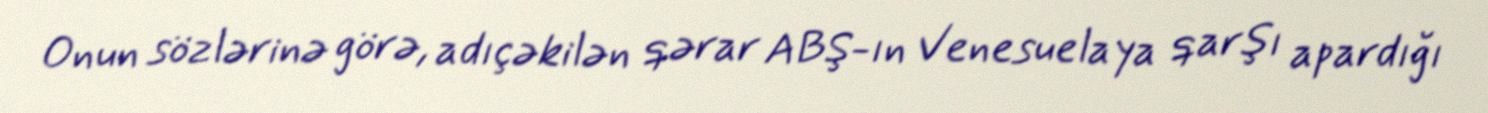
Onun sözlərinə görə, adıçəkilən qərar ABŞ-ın Venesuelaya qarşı apardığı